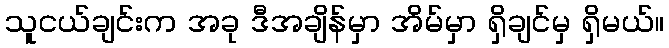
သူငယ်ချင်းက အခု ဒီအချိန်မှာ အိမ်မှာ ရှိချင်မှ ရှိမယ်။